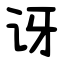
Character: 讶